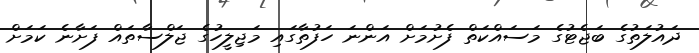
ދައުލަތުގެ ބަޖެޓުގެ މަސައްކަތް ފެށުމަށް އަންނަ ހަފުތާގައި މަޖިލީހުގެ ޖަލްސާތައް ފަށާނެ ކަމަށް